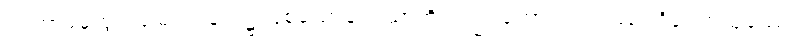
ဤကာမမှထွက်မြောက်ခြင်း၌ ဖြစ်သောချမ်းသာကို လည်းကောင်း။ ဣဿပဝိဝေကသုခဿ၊